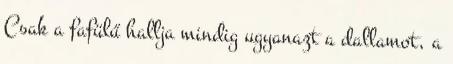
Csak a fafülű hallja mindig ugyanazt a dallamot, a